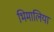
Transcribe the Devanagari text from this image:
भिमालिया